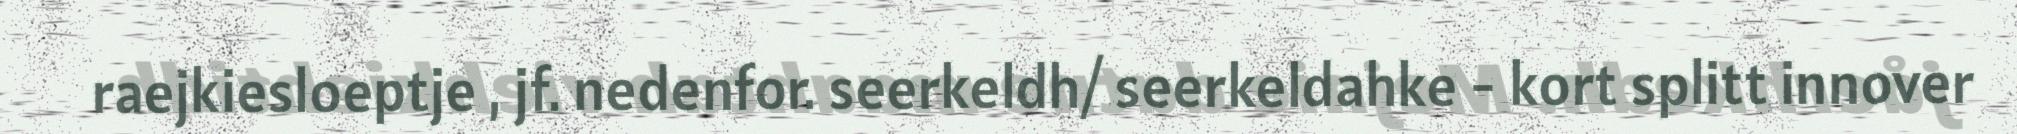
raejkiesloeptje , jf. nedenfor. seerkeldh/ seerkeldahke - kort splitt innover